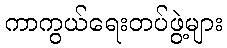
ကာကွယ်ရေးတပ်ဖွဲ့များ